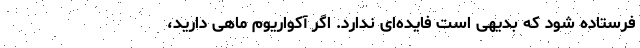
فرستاده شود که بدیهی است فایده‌ای ندارد. اگر آکواریوم ماهی دارید،